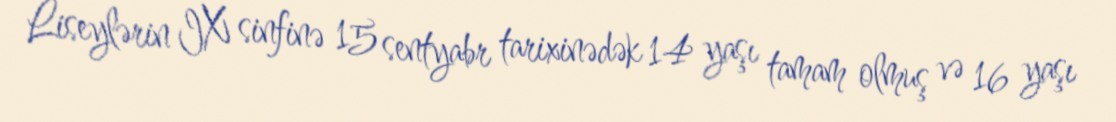
Liseylərin IX sinfinə 15 sentyabr tarixinədək 14 yaşı tamam olmuş və 16 yaşı